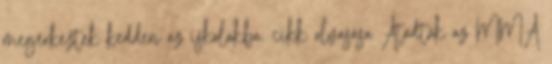
megérkeztek kedden az iskolákba. cikk olvasása Átadták az MMA